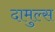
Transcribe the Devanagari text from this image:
दामुल्स